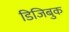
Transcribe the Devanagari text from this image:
डिजिबुक